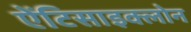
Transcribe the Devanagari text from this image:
ऐंटिसाइक्लोन